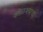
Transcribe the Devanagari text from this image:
कोळश्याचा